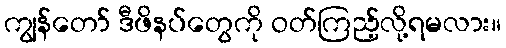
ကျွန်တော် ဒီဖိနပ်တွေကို ဝတ်ကြည့်လို့ရမလား။